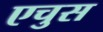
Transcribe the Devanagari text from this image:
एचुस